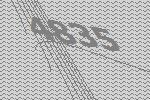
4835